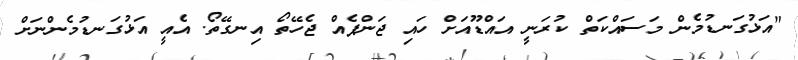
"އަޅުގަނޑުމެން މަސައްކަތް ކުރަނީ އައްޑޫއަށް ހައި ޖަންޕެއް ޖެހޭތޯ އިނގޭތޯ. އެއީ އަޅުގަނޑުމެންނަށް